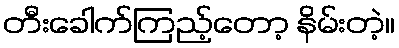
တီးခေါက်ကြည့်တော့ နိမ်းတဲ့။